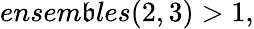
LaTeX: ensem\mathfrak{b}les(2,3)>1,